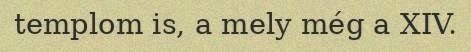
templom is, a mely még a XIV.